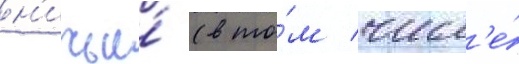
н'ичьи́ (в то́м числ'е́